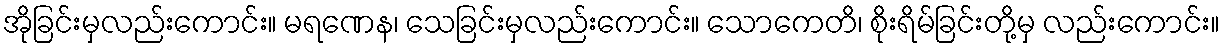
အိုခြင်းမှလည်းကောင်း။ မရဏေန၊ သေခြင်းမှလည်းကောင်း။ သောကေတိ၊ စိုးရိမ်ခြင်းတို့မှ လည်းကောင်း။